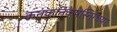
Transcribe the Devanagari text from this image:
कनकनिकषस्निग्धया